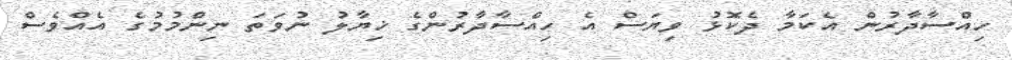
ހިއްސާދާރުން އެކަމާ ދެކޮޅު ވިޔަސް އެ ހިއްސާދާރުންގެ ޚިޔާލު ނުވަތަ ނިންމުމުގެ އެއްވެސް